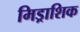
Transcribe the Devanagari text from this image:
मिड्राशिक